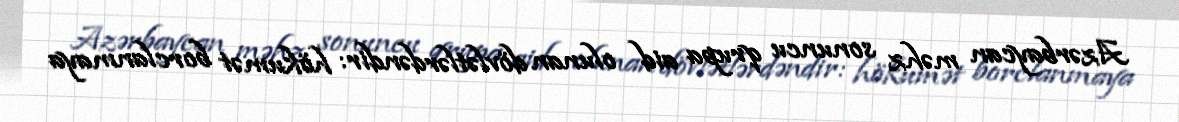
Azərbaycan məhz sonuncu qrupa aid olunan dövlətlərdəndir: hökumət borclanmaya